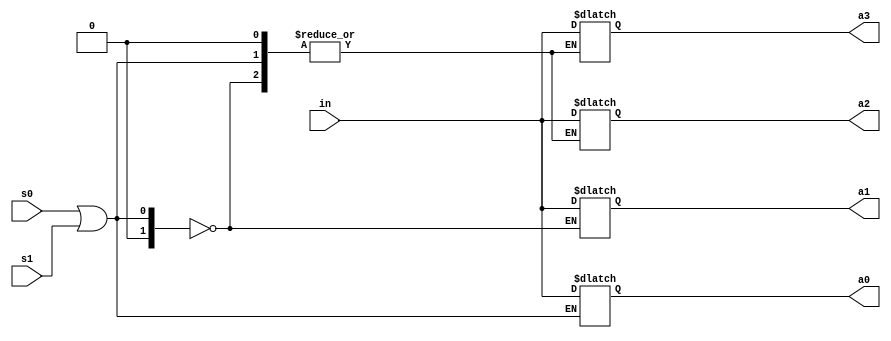
module demux14(in,s0,s1,a0,a1,a2,a3);
    input wire in;
    input wire s0,s1;
    output reg a0,a1,a2,a3;

    always @(in or s0 or s1)
    begin
        case (s0 | s1)
            2'b00 : a0=in;
            2'b01 : a1=in;
            2'b10 : a2=in;
            2'b11 : a3=in; 
        endcase
    end

endmodule